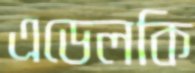
এডেলকি